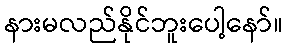
နားမလည်နိုင်ဘူးပေါ့နော်။